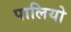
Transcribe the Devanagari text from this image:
पालियो